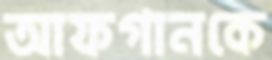
আফগানকে